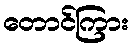
တောင်ကြား